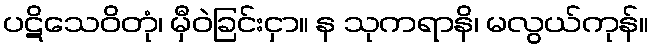
ပဋိသေဝိတုံ၊ မှီဝဲခြင်းငှာ။ န သုကရာနိ၊ မလွယ်ကုန်။